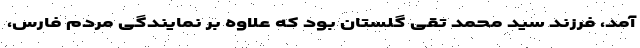
آمد، فرزند سید محمد تقی گلستان بود که علاوه بر نمایندگی مردم فارس،